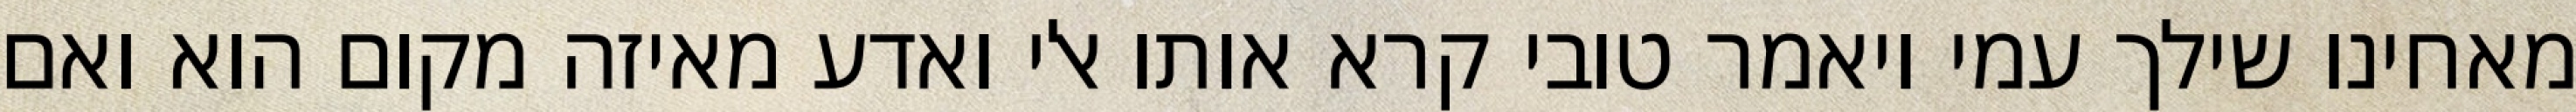
מאחינו שילך עמי ויאמר טובי קרא אותו אלי ואדע מאיזה מקום הוא ואם